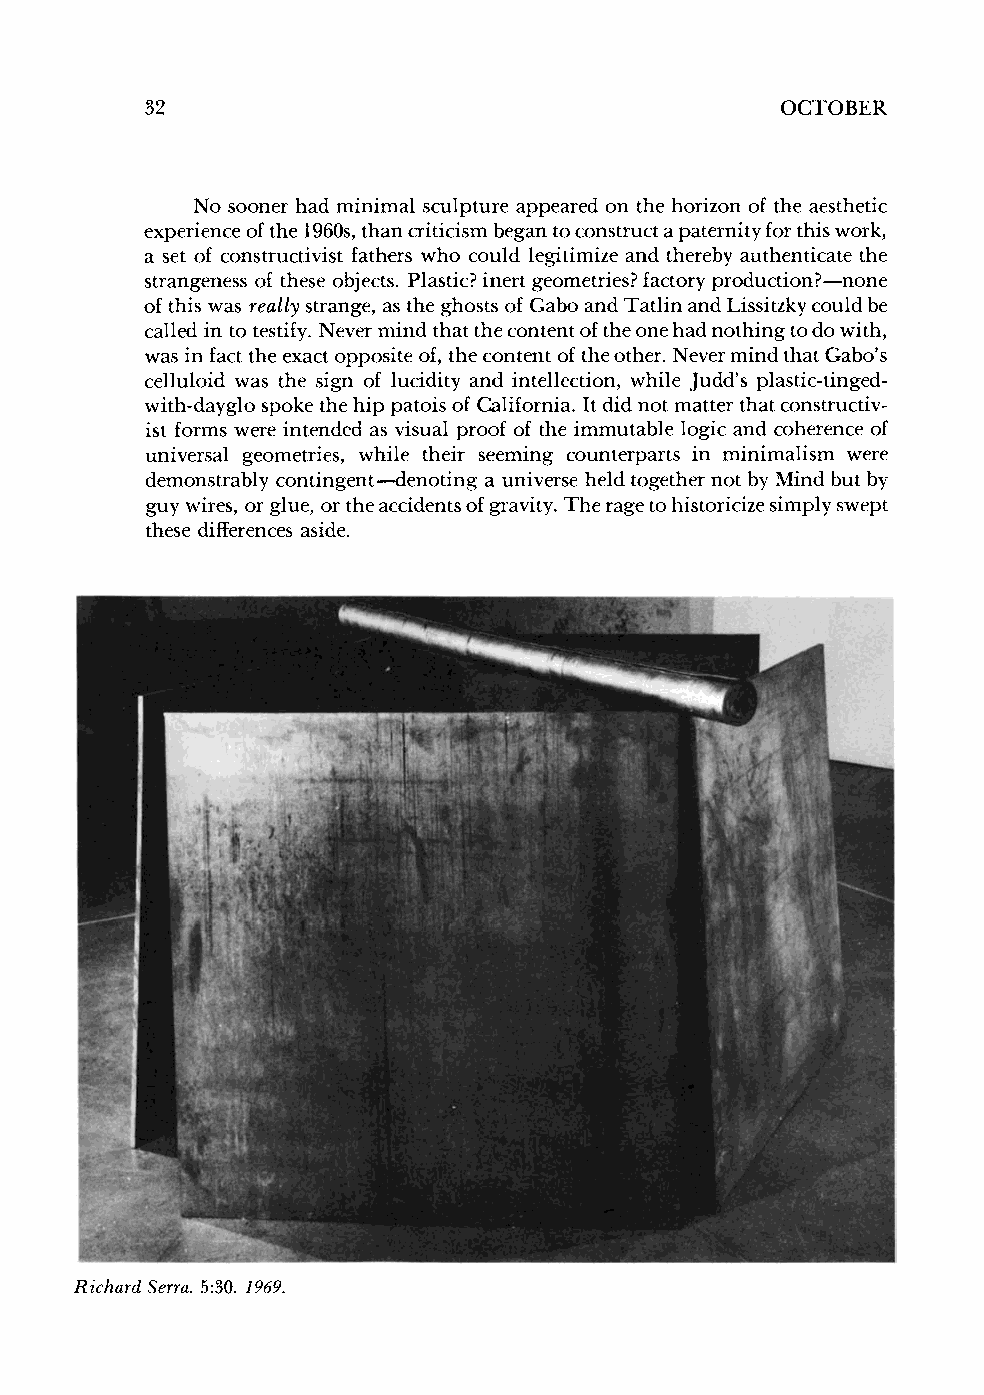
32                                        OCTOBER
 No sooner had minimal sculpture appeared on the horizon of the aesthetic
 experience of the 1960s, than criticism began to construct a paternity for this work,
 a set of constructivist fathers who could legitimize and thereby authenticate the
 strangeness of these objects. Plastic? inert geometries? factory production?-none
 of this was really strange, as the ghosts of Gabo and Tatlin and Lissitzky could be
 called in to testify. Never mind that the content of the one had nothing to do with,
 was in fact the exact opposite of, the content of the other. Never mind that Gabo's
 celluloid was the sign of lucidity and intellection, while Judd's plastic-tinged-
 with-dayglo spoke the hip patois of California. It did not matter that constructiv-
 ist forms were intended as visual proof of the immutable logic and coherence of
 universal geometries, while their seeming counterparts in minimalism were
 demonstrably contingent-denoting a universe held together not by Mind but by
 guy wires, or glue, or the accidents of gravity. The rage to historicize simply swept
 these differences aside.
 Richard Serra. 5:30. 1969.